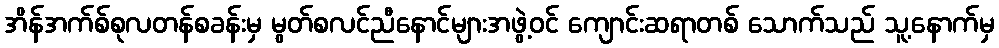
အိန်အက်စ်စုလတန်စခန်းမှ မွတ်စလင်ညီနောင်များအဖွဲ့ဝင် ကျောင်းဆရာတစ် သောက်သည် သူ့နောက်မှ